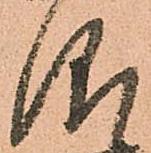
仰